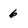
Character: 6